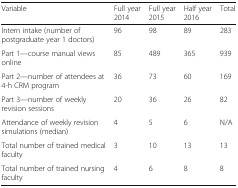
| Variable | Full year 2014 | Full year 2015 | Half year 2016 | Total |
 | --- | --- | --- | --- | --- |
 | Intern intake (number of postgraduate year 1 doctors) | 96 | 98 | 89 | 283 |
 | Part 1—course manual views online | 85 | 489 | 365 | 939 |
 | Part 2—number of attendees at 4-h CRM program | 36 | 73 | 60 | 169 |
 | Part 3—number of weekly revision sessions | 20 | 36 | 26 | 82 |
 | Attendance of weekly revision simulations (median) | 4 | 5 | 6 | N/A |
 | Total number of trained medical faculty | 3 | 10 | 13 | 13 |
 | Total number of trained nursing faculty | 4 | 6 | 8 | 8 |